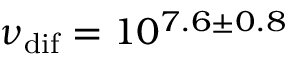
\nu _ { \mathrm { d i f } } = 1 0 ^ { 7 . 6 \pm 0 . 8 }